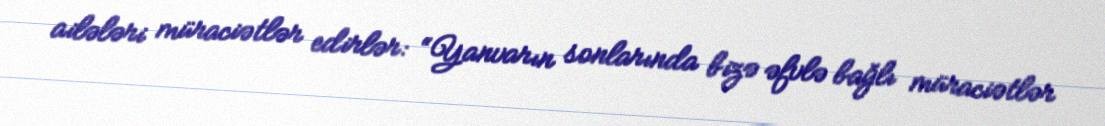
ailələri müraciətlər edirlər: “Yanvarın sonlarında bizə əfvlə bağlı müraciətlər